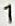
1